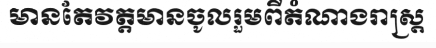
មានតែវត្តមានចូលរួមពីតំណាងរាស្ត្រ